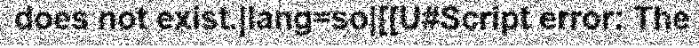
does not exist.|lang=so|[[U#Script error: The